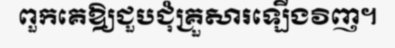
ពួកគេឱ្យជួបជុំគ្រួសារឡើងវិញ។